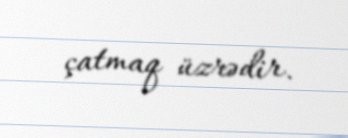
çatmaq üzrədir.